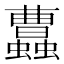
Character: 𧕐